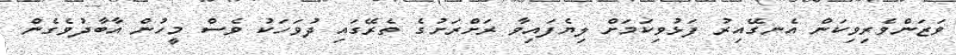
ވަޒަންވެރިވިކަން އެނގޭއިރު ފަޅުވިކަމަށް ލިޔެފައިވާ ރަށްރަށުގެ ތެރޭގައި ދުވަހަކު ވެސް މީހުން އާބާދުވެގެން